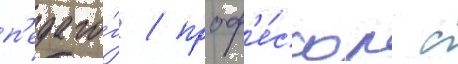
п'едаго́г / проф'е́ссор с